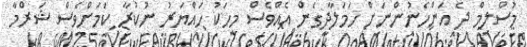
މުސްލިމް ދެ އަންހެނުންނަށް ހަމަލާދީގެން އެއްވެސް މީހަކު ހައްޔަރު ނުކުރާ ކަމަށްވެސް ޝަރްމާ